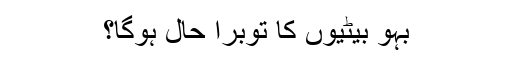
بہو بیٹیوں کا توبرا حال ہوگا؟